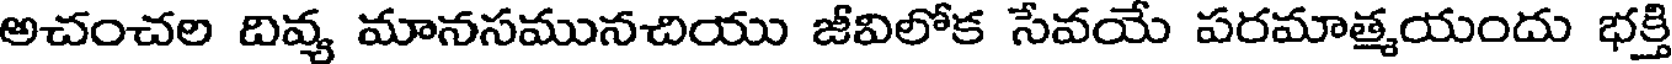
అచంచల దివ్య మానసమునచియు జీవిలోక సేవయే పరమాత్మయందు భక్తి